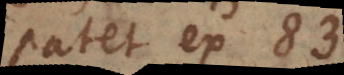
patet ex 83.